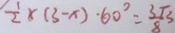
\frac { 1 } { 2 } \times ( 3 - x ) \cdot 6 0 ^ { \circ } = \frac { 3 \sqrt { 3 } } { 8 }